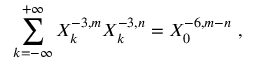
\sum _ { k = - \infty } ^ { + \infty } X _ { k } ^ { - 3 , m } X _ { k } ^ { - 3 , n } = X _ { 0 } ^ { - 6 , m - n } \ ,